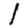
Digit: 1